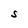
Character: S